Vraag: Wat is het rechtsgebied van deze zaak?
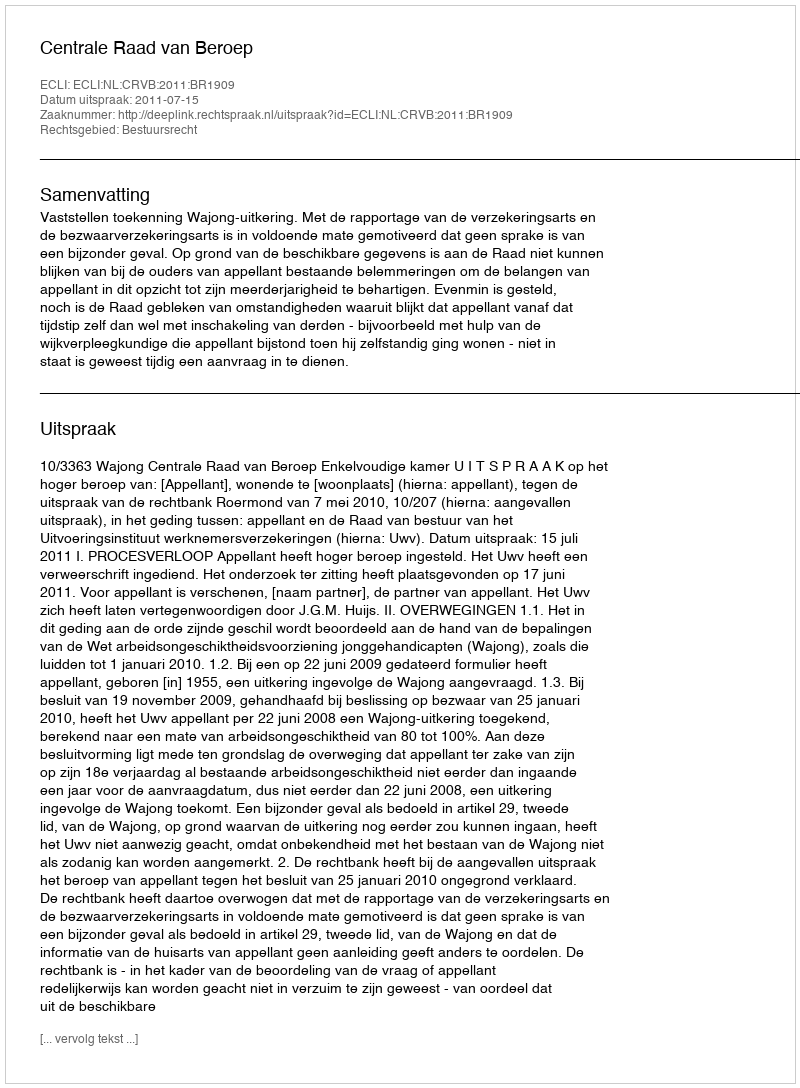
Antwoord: Bestuursrecht